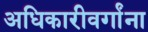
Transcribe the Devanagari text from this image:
अधिकारीवर्गांना